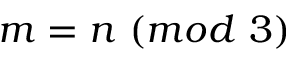
m = n \ ( m o d \ 3 )